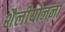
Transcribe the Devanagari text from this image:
शैलीयोजना